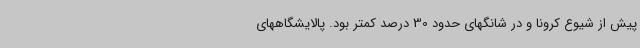
پیش از شیوع کرونا و در شانگهای حدود 30 درصد کمتر بود. پالایشگاههای